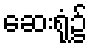
ဆေးရုံ၌